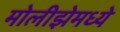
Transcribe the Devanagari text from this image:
मोलीझेमध्ये